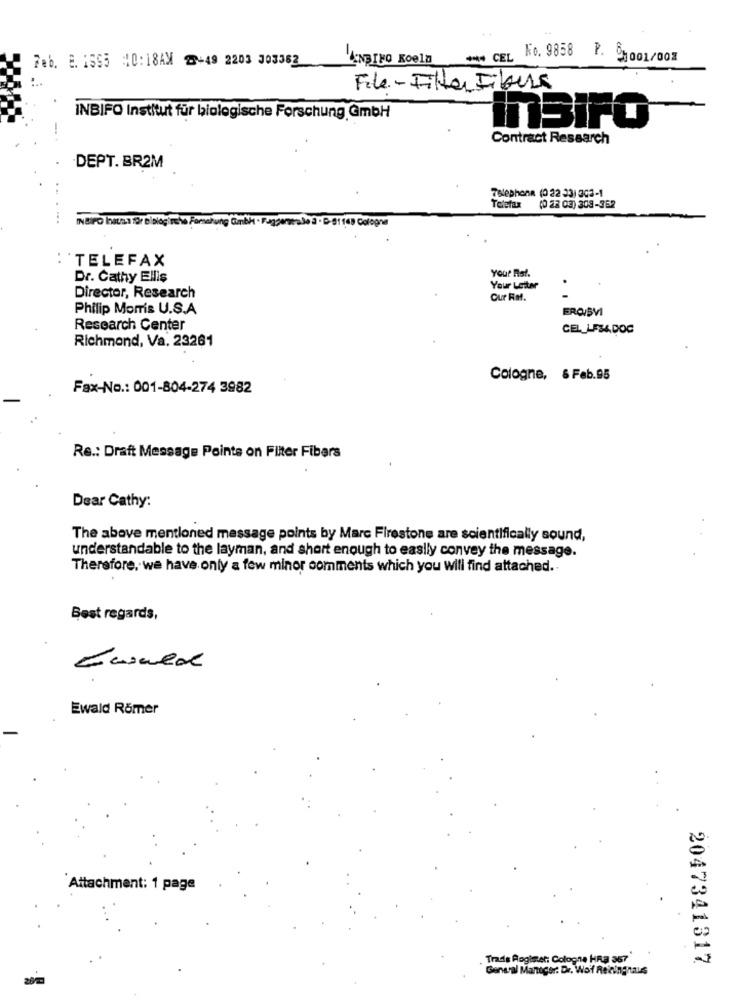
ANDINO Koela
CEL
No. 9858 P. 81001/00#
Feb. 2. 1995 10:18AM 2+49 2203 303362
File - Filter Fibers
INBIFO Institut für laiologische Forschung GmbH
ITSiFO
Contract Research
.DEPT. BR2M
..
Telephone (0 22 23) 363-1
Telefax
(0 22 03) 303-352
INCIPO haras for biologische Forschung Gmbh
: TELEFAX
Dr. Cathy Ellis
Your Rat.
Your Letter
Director, Research
Cur FM.
Philip Morris U.S.A
FROISVI
Research Center
CEL_LESA. DOC
Richmond, Va. 23261
Cologne, 6 Feb.95
Fax-No .: 001-804-274 3982
Re .: Draft Message Points on Filter Fibers
Dear Cathy:
The above mentioned message points by Marc Firestone are scientifically sound,
understandable to the layman, and short enough to easily convey the message.
Therefore, we have only a few minor comments which you will find attached ..
Best regards,
Ewald Römer
Attachment: 1 page
Trads Rogimer: Cologne HR3 357
2047341317
General Manager: Dr. Woif Reininghaus